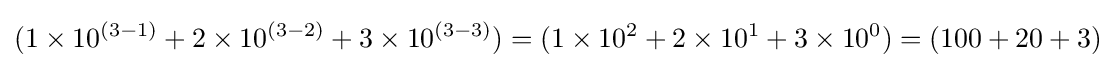
(1\times 10^{(3-1)}+2\times 10^{(3-2)}+3\times 10^{(3-3)})=(1\times 10^{2}+2\times 10^{1}+3\times 10^{0})=(100+20+3)